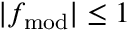
\lvert f _ { \mathrm { m o d } } \rvert \le 1